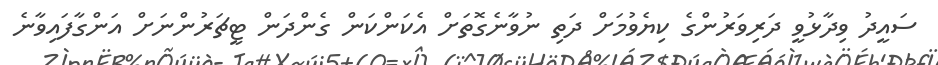
ސައީދު ވިދާޅުވީ ދަރިވަރުންގެ ކިޔެވުމަށް ދަތި ނުވާނެގޮތަށް އެކަންކަން ގެންދަން ޓީޗަރުންނަށް އަންގާފައިވާނެ